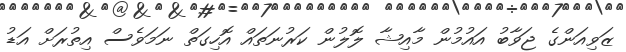
ޒަވިއަންގެ ޖަވާބު އައުމުން މާއިޝާ ލޮލުން ކަރުނަތައް އޮހިގަތް ނަމަވެސް އިތުރަށް އަޑު